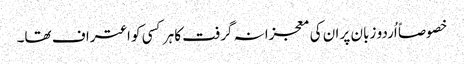
خصوصاً اُردو زبان پر ان کی معجزانہ گرفت کا ہر کسی کو اعتراف تھا۔